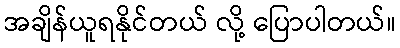
အချိန်ယူရနိုင်တယ် လို့ ပြောပါတယ်။